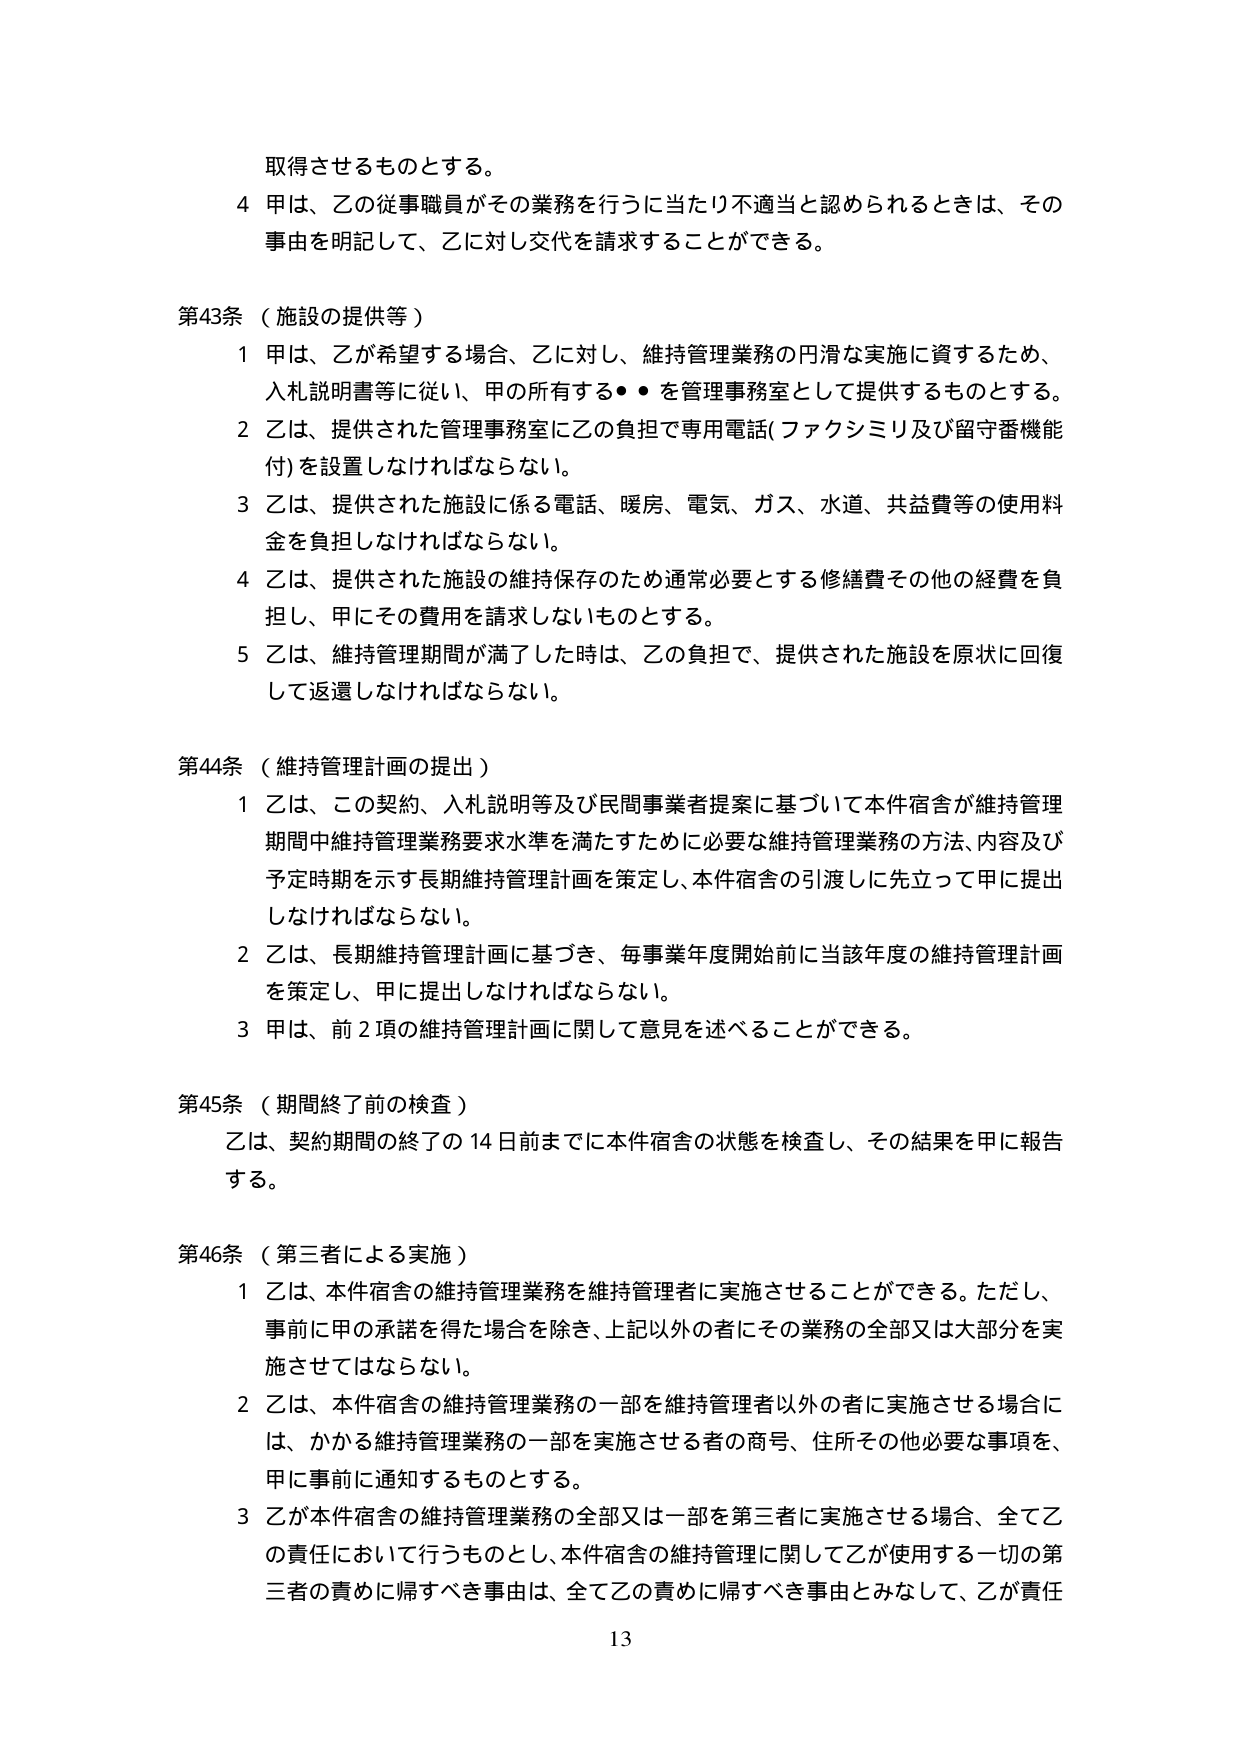
取得させるものとする。

4 甲は、乙の従事職員がその業務を行うに当たり不適当と認められるときは、その事由を明記して、乙に対し交代を請求することができる。

第43条（施設の提供等）

1 甲は、乙が希望する場合、乙に対し、維持管理業務の円滑な実施に資するため、入札説明書等に従い、甲の所有する・・を管理事務室として提供するものとする。

2 乙は、提供された管理事務室に乙の負担で専用電話（ファクシミリ及び留守番機能付）を設置しなければならない。

3 乙は、提供された施設に係る電話、暖房、電気、ガス、水道、共益費等の使用料金を負担しなければならない。

4 乙は、提供された施設の維持保存のため通常必要とする修繕費その他の経費を負担し、甲にその費用を請求しないものとする。

5 乙は、維持管理期間が満了した時は、乙の負担で、提供された施設を原状に回復して返還しなければならない。

第44条（維持管理計画の提出）

1 乙は、この契約、入札説明等及び民間事業者提案に基づいて本件宿舎が維持管理期間中維持管理業務要求水準を満たすために必要な維持管理業務の方法、内容及び予定時期を示す長期維持管理計画を策定し、本件宿舎の引渡しに先立って甲に提出しなければならない。

2 乙は、長期維持管理計画に基づき、毎事業年度開始前に当該年度の維持管理計画を策定し、甲に提出しなければならない。

3 甲は、前2項の維持管理計画に関して意見を述べることができる。

第45条（期間終了前の検査）

乙は、契約期間の終了の14日前までに本件宿舎の状態を検査し、その結果を甲に報告する。

第46条（第三者による実施）

1 乙は、本件宿舎の維持管理業務を維持管理者に実施させることができる。ただし、事前に甲の承諾を得た場合を除き、上記以外の者にその業務の全部又は大部分を実施させてはならない。

2 乙は、本件宿舎の維持管理業務の一部を維持管理者以外の者に実施させる場合には、かかる維持管理業務の一部を実施させる者の商号、住所その他必要な事項を、甲に事前に通知するものとする。

3 乙が本件宿舎の維持管理業務の全部又は一部を第三者に実施させる場合、全て乙の責任において行うものとし、本件宿舎の維持管理に関して乙が使用する一切の第三者の責めに帰すべき事由は、全て乙の責めに帰すべき事由とみなして、乙が責任

13